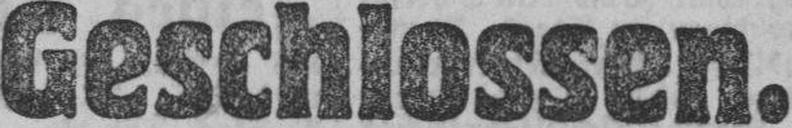
Geschlossen.